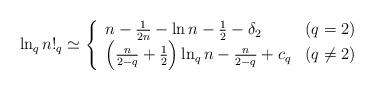
LaTeX: \begin{align*}\ln_{q}n!_{q}\simeq\left\{\begin{array}[c]{ll}n-\frac{1}{2n}-\ln n-\frac{1}{2}-\delta_{2} & \left( q=2\right) \\\left( \frac{n}{2-q}+\frac{1}{2}\right) \ln_{q}n-\frac{n}{2-q}+c_{q} &\left( q\neq2\right)\end{array}\right. \end{align*}